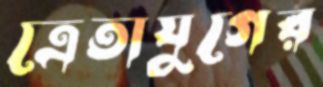
ত্রেতাযুগের